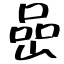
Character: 嵒